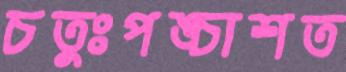
চতুঃপঙ্চাশত